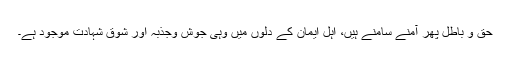
حق و باطل پھر آمنے سامنے ہیں، اہل ایمان کے دلوں میں وہی جوش وجذبہ اور شوقِ شہادت موجود ہے۔